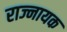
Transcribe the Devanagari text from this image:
राज्नायक